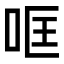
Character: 哐